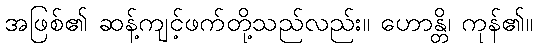
အဖြစ်၏ ဆန့်ကျင့်ဖက်တို့သည်လည်း။ ဟောန္တိ၊ ကုန်၏။